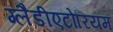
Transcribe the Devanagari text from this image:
ग्लैडीएटोरियम